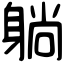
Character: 躺